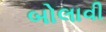
બોલાવી